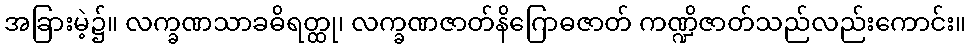
အခြားမဲ့၌။ လက္ခဏသာခဓိရတ္ထု၊ လက္ခဏဇာတ်နိဂြောဓဇာတ် ကဏ္ဍိဇာတ်သည်လည်းကောင်း။